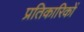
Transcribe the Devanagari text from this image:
प्रतिकारिकों